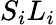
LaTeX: S_{i}L_{i}